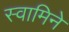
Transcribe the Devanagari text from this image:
स्वामिने